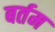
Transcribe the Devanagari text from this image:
बर्तम